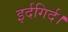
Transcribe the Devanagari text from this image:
इर्दगिर्द।